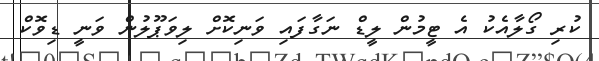
ކުރި ގޯލާއެކު އެ ޓީމުން ލީޑް ނަގާފައި ވަނިކޮށް ލިވަޕޫލުން ވަނީ ޑިވޮކް